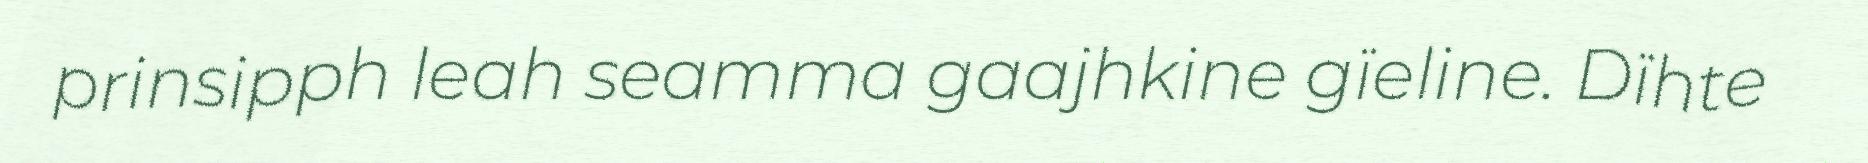
prinsipph leah seamma gaajhkine gïeline. Dïhte